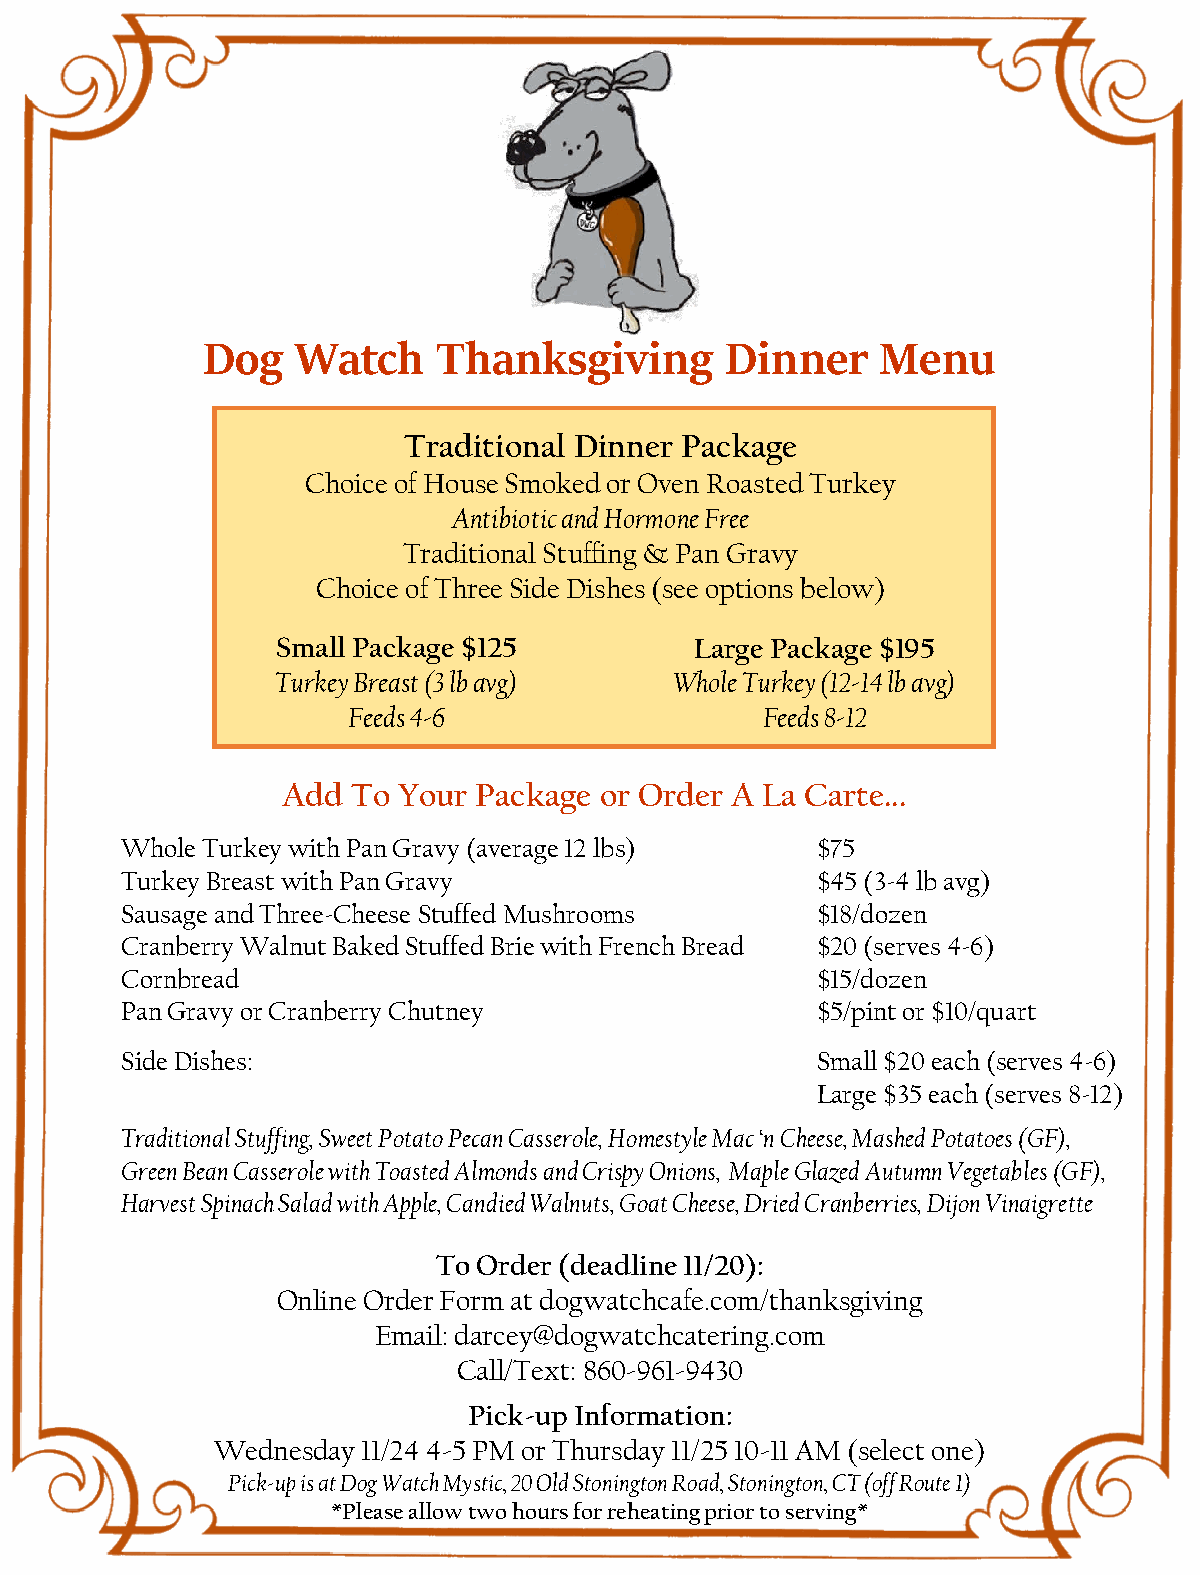
Dog    Watch    Thanksgiving       Dinner    Menu
 Traditional Dinner Package
 Choice of House Smoked or Oven Roasted Turkey
 Antibiotic and Hormone Free
 Traditional Stuffing & Pan Gravy
 Choice of Three Side Dishes (see options below)
 Small Package $125          Large Package $195
 Turkey Breast (3 lbavg)    Whole Turkey (12-14 lbavg)
 Feeds 4-6                  Feeds 8-12
 Add To Your Package  or Order A La Carte...
 Whole Turkey with Pan Gravy (average 12 lbs)  $75
 Turkey Breast with Pan Gravy                  $45 (3-4 lbavg)
 Sausage and Three-Cheese Stuffed Mushrooms    $18/dozen
 Cranberry Walnut Baked Stuffed Brie with French Bread $20 (serves 4-6)
 Cornbread                                     $15/dozen
 Pan Gravy or Cranberry Chutney                $5/pint or $10/quart
 Side Dishes:                                  Small $20 each (serves 4-6)
 Large $35 each (serves 8-12)
 Traditional Stuffing, Sweet Potato Pecan Casserole, Homestyle Mac ‘n Cheese, Mashed Potatoes (GF),
 Green Bean Casserole with Toasted Almonds and Crispy Onions, Maple Glazed Autumn Vegetables (GF),
 Harvest Spinach Salad with Apple, Candied Walnuts, Goat Cheese, Dried Cranberries, Dijon Vinaigrette
 To Order (deadline 11/20):
 Online Order Form at dogwatchcafe.com/thanksgiving
 Email: darcey@dogwatchcatering.com
 Call/Text: 860-961-9430
 Pick-up Information:
 Wednesday 11/24 4-5 PM or Thursday 11/25 10-11 AM (select one)
 Pick-up is at Dog Watch Mystic, 20 Old Stonington Road, Stonington, CT (off Route 1)
 *Please allow two hours for reheating prior to serving*